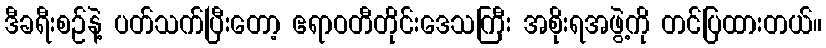
ဒီခရီးစဉ်နဲ့ ပတ်သက်ပြီးတော့ ဧရာဝတီတိုင်းဒေသကြီး အစိုးရအဖွဲ့ကို တင်ပြထားတယ်။